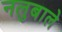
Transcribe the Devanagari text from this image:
नलुबाले